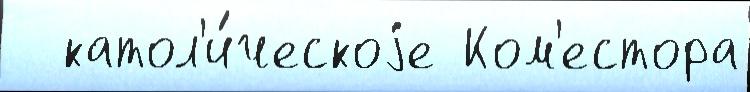
  катол'и́ческоjе Ком'естора